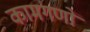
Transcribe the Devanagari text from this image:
कामगणों